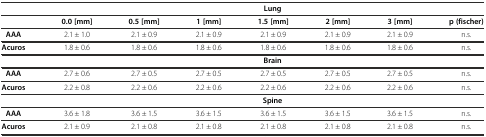
| <COLSPAN=4>  | Lung | <COLSPAN=3>  |
 | --- | --- | --- | --- | --- | --- | --- | --- |
 |  | 0.0 [mm] | 0.5 [mm] | 1 [mm] | 1.5 [mm] | 2 [mm] | 3 [mm] | p (fischer) |
 | AAA | 2.1 ± 1.0 | 2.1 ± 0.9 | 2.1 ± 0.9 | 2.1 ± 0.9 | 2.1 ± 0.9 | 2.1 ± 0.9 | n.s. |
 | Acuros | 1.8 ± 0.6 | 1.8 ± 0.6 | 1.8 ± 0.6 | 1.8 ± 0.6 | 1.8 ± 0.6 | 1.8 ± 0.6 | n.s. |
 | <COLSPAN=4>  | Brain | <COLSPAN=3>  |
 | AAA | 2.7 ± 0.6 | 2.7 ± 0.5 | 2.7 ± 0.5 | 2.7 ± 0.5 | 2.7 ± 0.5 | 2.7 ± 0.5 | n.s. |
 | Acuros | 2.2 ± 0.8 | 2.2 ± 0.6 | 2.2 ± 0.6 | 2.2 ± 0.6 | 2.2 ± 0.6 | 2.2 ± 0.6 | n.s. |
 | <COLSPAN=4>  | Spine | <COLSPAN=3>  |
 | AAA | 3.6 ± 1.8 | 3.6 ± 1.5 | 3.6 ± 1.5 | 3.6 ± 1.5 | 3.6 ± 1.5 | 3.6 ± 1.5 | n.s. |
 | Acuros | 2.1 ± 0.9 | 2.1 ± 0.8 | 2.1 ± 0.8 | 2.1 ± 0.8 | 2.1 ± 0.8 | 2.1 ± 0.8 | n.s. |